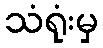
သံရုံးမှ